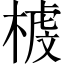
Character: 榩